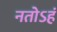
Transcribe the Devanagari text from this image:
नतोऽहं